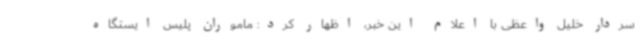
سردار خلیل واعظی با اعلام این خبر، اظهار کرد: ماموران پلیس ایستگاه